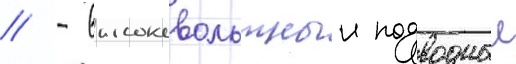
// - высоковольтныи подводныи